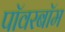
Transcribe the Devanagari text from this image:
पॉवरबॉम